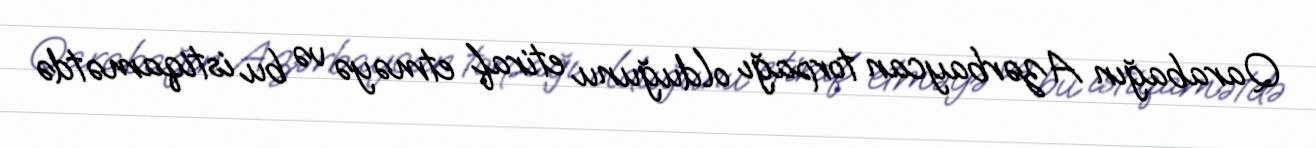
Qarabağın Azərbaycan torpağı olduğunu etiraf etməyə və bu istiqamətdə